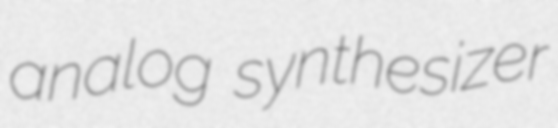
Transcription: analog synthesizer